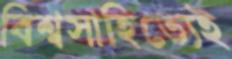
বিশ্বসাহিত্যেই